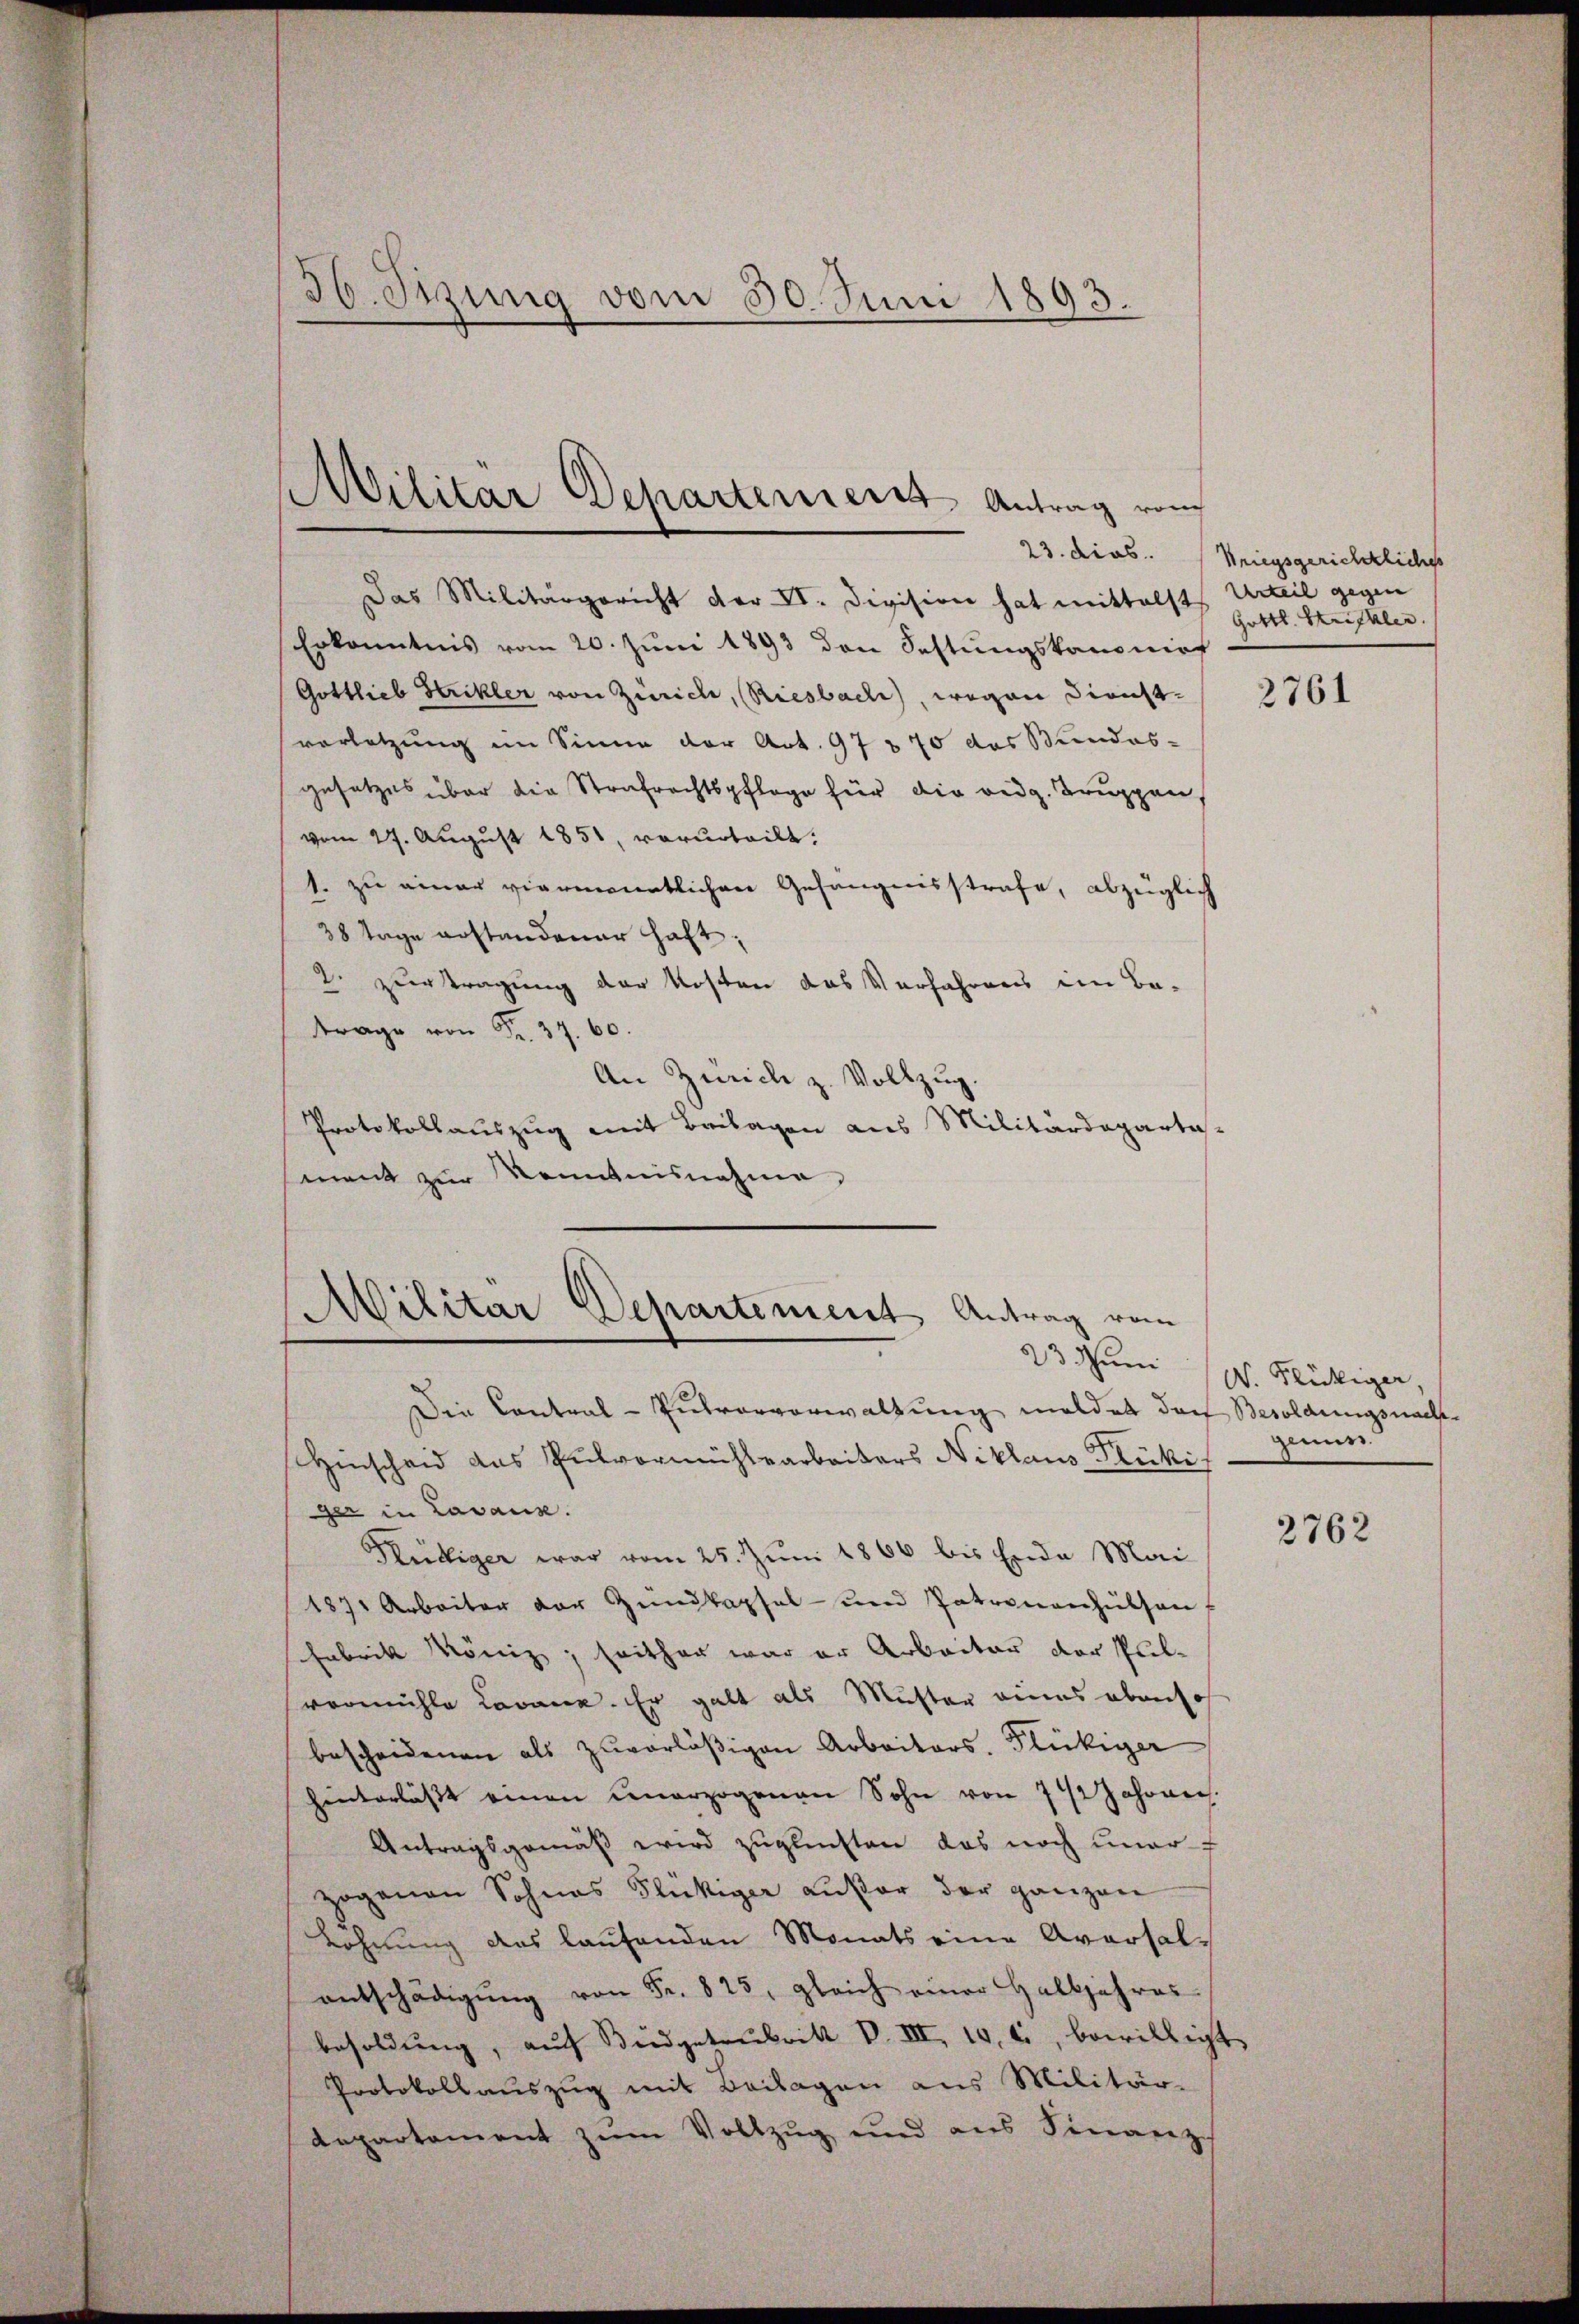
36. Stzung vom 30. Juni 1893.

Das Militärgericht der IV. Division hat mittelst Urteil gegen
Erkanntnis vom 20. Juni 1893 den Festungskanonief
Gottlieb Strikler von Zürich, Riesbach), wegen Dienstvorletzung im Sinne der Art. 97 § 70 das Bundes-
gesetzes über die Strafrechtspflege für die redg. Truppen,
vom 27. August 1851, verurteilt.
1. zu einer viermanntlichen Gefängnisstrafe, abzüglich
38 Tage erstandener haft,
2. Zuertragung der Kosten das Verfahrens im Be-
trage von Fr. 37. 60.
An Zürich z. Vollzug.
Protokollauszug mit Beilagen aus Militärdepartemant zur Kenntnisnahme

Militar Departenierer Antrag vom

Militär Departement Antrag vom

Die Contral-Putvorverwaltung meldet doch Besoldungsnach.
Hinscheid das Pulvermühlearbeiters Niklaus Flücki
ger in Lavaux.
Hüttiger war vom 25. Juni 1866 bis Ende Mai
1870 Arbeiter der Hundkapsel- und Patronenhüthen
Fabrik König, seither war er Arbeiter der Pulvormühle Lavance. Er galt als Muster eines ebenso
bescheidenen als zuvorläßigen Arbeiters. Flückiger
hinterlässt einen unerzogenen Sohn von 742 Jahrnen.
Antragsgemäß wird zugleichten das noch umarf
zogenen Sohnes Glückiger außer der ganzen
Löhnung des laufenden Monats eine Aversal-
entschädigŭng von Fr. 823, gleich einer Halbjahres
besoldŭng, aŭf Büdgetaubrik VIII. 10. c., bewilligt.
Protokollauszug mit Beilagen aus Militär-
Repartement zum Vollzug und aus Finanzc

23. dies. (Kriegsgerichtliches
Gottl. Strickler.

2761

23. Juni (W. Flückiger,
genue.

2762